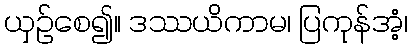
ယှဉ်စေ၍။ ဒဿယိကာမ၊ ပြကုန်အံ့၊